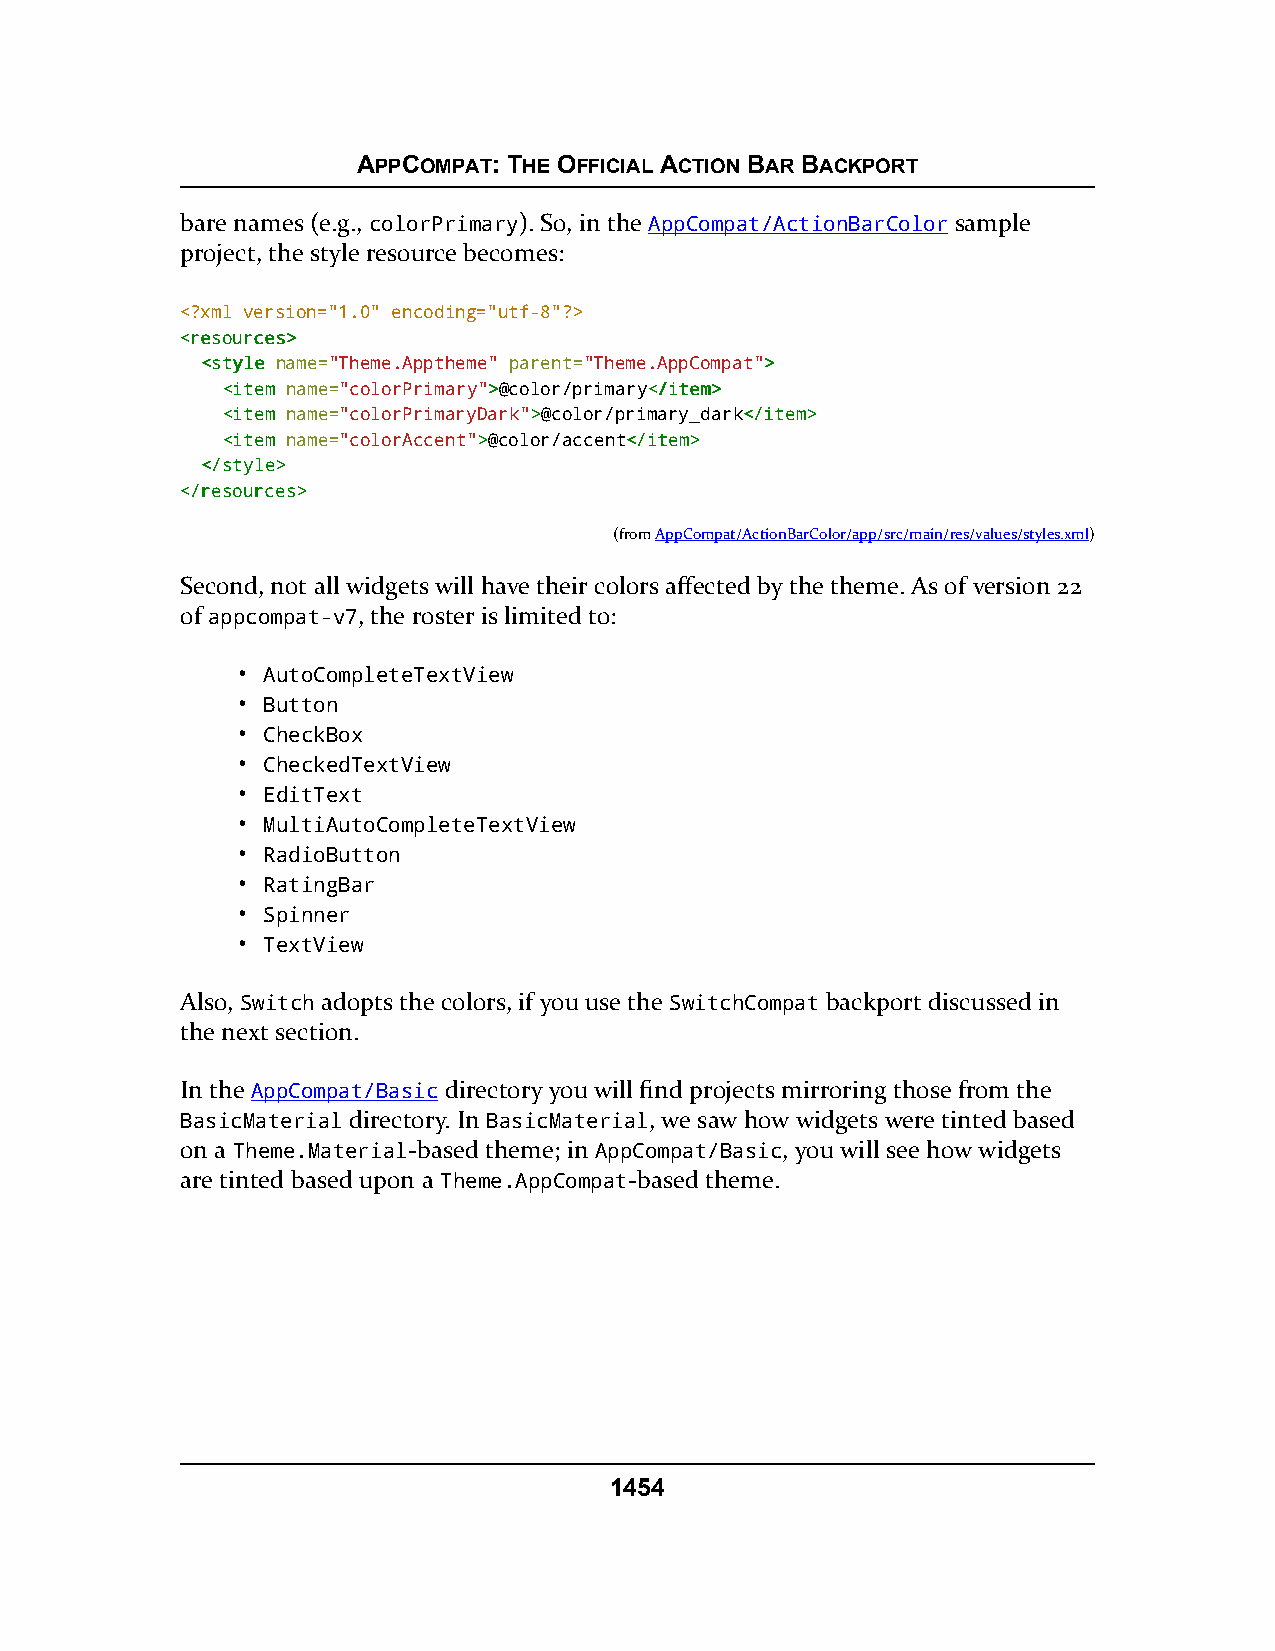
APPCOMPAT: THE OFFICIAL ACTION BAR BACKPORT
 bare names (e.g., colorPrimary). So, in the AppCompat/ActionBarColor sample
 project, the style resource becomes:
 <?xml version="1.0" encoding="utf-8"?>
 <<rreessoouurrcceess>>
 <<ssttyyllee name="Theme.Apptheme" parent="Theme.AppCompat">>
 <<iitteemm name="colorPrimary">>@color/primary<<//iitteemm>>
 <<iitteemm name="colorPrimaryDark">>@color/primary_dark<<//iitteemm>>
 <<iitteemm name="colorAccent">>@color/accent<<//iitteemm>>
 <<//ssttyyllee>>
 <<//rreessoouurrcceess>>
 (fromAppCompat/ActionBarColor/app/src/main/res/values/styles.xml)
 Second, not all widgets will have their colors affected by the theme. As of version 22
 of appcompat-v7, the roster is limited to:
 • AutoCompleteTextView
 • Button
 • CheckBox
 • CheckedTextView
 • EditText
 • MultiAutoCompleteTextView
 • RadioButton
 • RatingBar
 • Spinner
 • TextView
 Also, Switch adopts the colors, if you use the SwitchCompat backport discussed in
 the next section.
 In the AppCompat/Basic directory you will find projects mirroring those from the
 BasicMaterial directory. In BasicMaterial, we saw how widgets were tinted based
 on a Theme.Material-based theme; in AppCompat/Basic, you will see how widgets
 are tinted based upon a Theme.AppCompat-based theme.
 1454